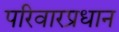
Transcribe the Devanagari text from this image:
परिवारप्रधान